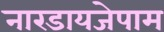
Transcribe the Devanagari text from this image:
नारडायजेपाम